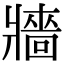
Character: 牆